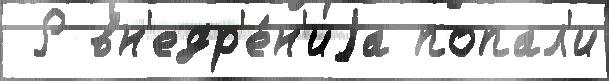
 Р вн'едр'е́н'иjа попал'и